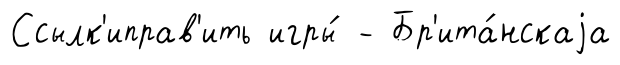
Ссылк'иправ'ить игры́ - Бр'ита́нскаjа